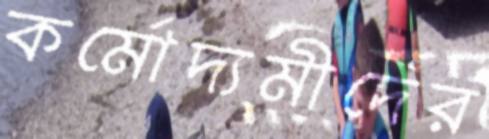
কর্মোদ্যমীদের